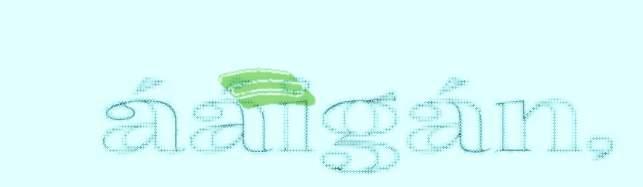
ááigán,